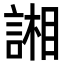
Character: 𮘢